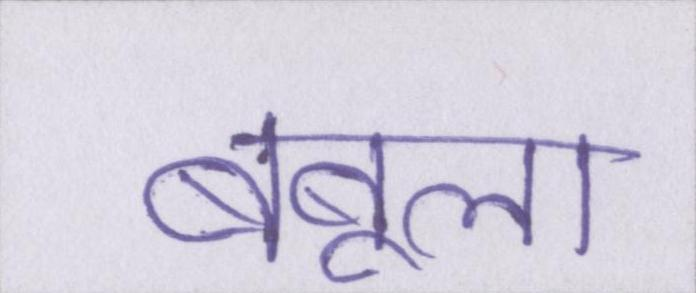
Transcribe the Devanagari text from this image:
बबूला